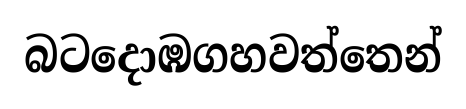
බටදොඹගහවත්තෙන්